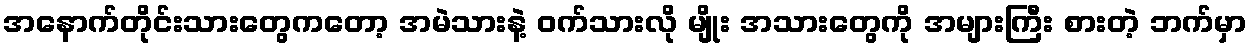
အနောက်တိုင်းသားတွေကတော့ အမဲသားနဲ့ ဝက်သားလို မျိုး အသားတွေကို အများကြီး စားတဲ့ ဘက်မှာ